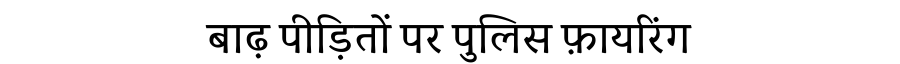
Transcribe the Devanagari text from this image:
बाढ़ पीड़ितों पर पुलिस फ़ायरिंग